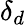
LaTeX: \delta_{d}